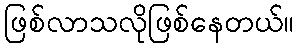
ဖြစ်လာသလိုဖြစ်နေတယ်။